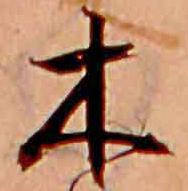
木